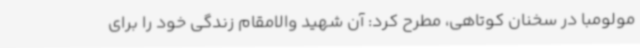
مولومبا در سخنان کوتاهی، مطرح کرد: آن شهید والامقام زندگی خود را برای